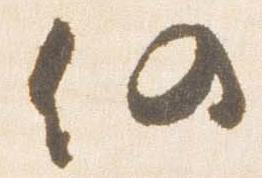
仍